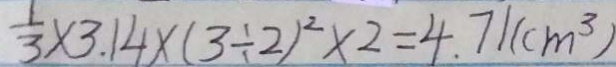
\frac { 1 } { 3 } \times 3 . 1 4 \times ( 3 \div 2 ) ^ { 2 } \times 2 = 4 . 7 1 ( c m ^ { 3 } )